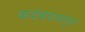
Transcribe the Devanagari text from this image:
कदंबवनातून